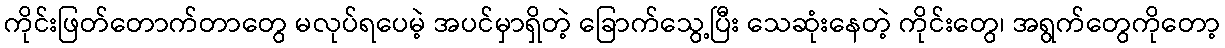
ကိုင်းဖြတ်တောက်တာတွေ မလုပ်ရပေမဲ့ အပင်မှာရှိတဲ့ ခြောက်သွေ့ပြီး သေဆုံးနေတဲ့ ကိုင်းတွေ၊ အရွက်တွေကိုတော့